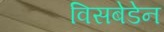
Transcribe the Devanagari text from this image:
विसबेडेन